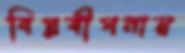
বিপ্লবীপনায়